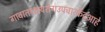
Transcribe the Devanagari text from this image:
गावात१क्षयरोगउपचारकेंद्रआहे